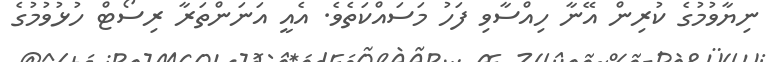
ނިޔާވުމުގެ ކުރިން އޭނާ ހިއްސާވި ފަހު މަސައްކަތެވެ. އެއީ އަނަންތަރާ ރިސޯޓް ހުޅުވުމުގެ